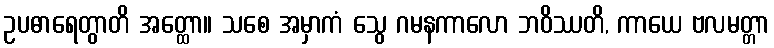
ဥပဓာရေတွာတိ အတ္ထော။ သစေ အမှာကံ သွေ ဂမနကာလော ဘဝိဿတိ, ကာယေ ဗလမတ္တာ